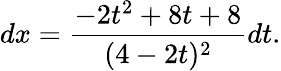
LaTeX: dx={\frac{-2t^{2}+8t+8}{(4-2t)^{2}}}dt.